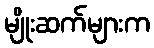
မျိုးဆက်များက